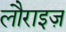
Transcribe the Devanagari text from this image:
लौराइज़